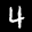
Label: 4